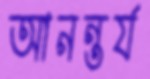
আনন্তর্য